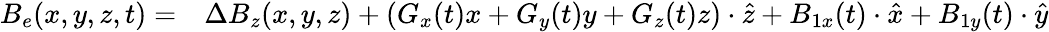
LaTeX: \begin{array}{rl}{B_{e}(x,y,z,t)=}&{{}\Delta B_{z}(x,y,z)+(G_{x}(t)x+G_{y}(t)y+G_{z}(t)z)\cdot\hat{z}+B_{1x}(t)\cdot\hat{x}+B_{1y}(t)\cdot\hat{y}}\end{array}